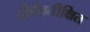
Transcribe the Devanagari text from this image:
दीर्घप्रतीक्षित